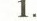
1.